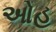
ઓહ